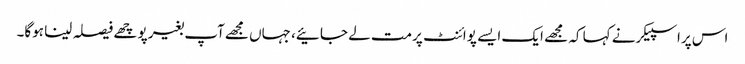
اس پراسپیکرنے کہا کہ مجھے ایک ایسے پوائنٹ پرمت لے جائیے، جہاں مجھےآپ بغیر پوچھے فیصلہ لینا ہوگا۔